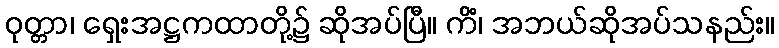
ဝုတ္တာ၊ ရှေးအဋ္ဌကထာတို့၌ ဆိုအပ်ပြီ။ ကိံ၊ အဘယ်ဆိုအပ်သနည်း။